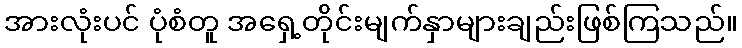
အားလုံးပင် ပုံစံတူ အရှေ့တိုင်းမျက်နှာများချည်းဖြစ်ကြသည်။